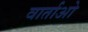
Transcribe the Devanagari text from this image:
वार्ताओ